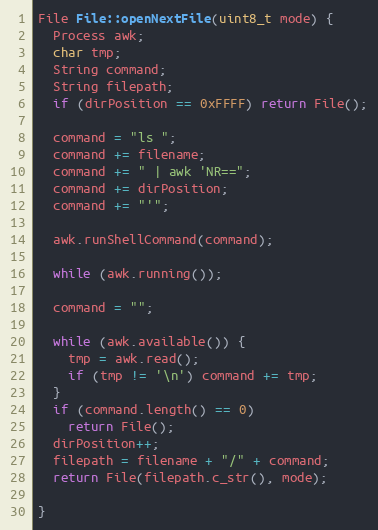
Language: C++
File File::openNextFile(uint8_t mode) {
  Process awk;
  char tmp;
  String command;
  String filepath;
  if (dirPosition == 0xFFFF) return File();

  command = "ls ";
  command += filename;
  command += " | awk 'NR==";
  command += dirPosition;
  command += "'";

  awk.runShellCommand(command);

  while (awk.running());

  command = "";

  while (awk.available()) {
    tmp = awk.read();
    if (tmp != '\n') command += tmp;
  }
  if (command.length() == 0)
    return File();
  dirPosition++;
  filepath = filename + "/" + command;
  return File(filepath.c_str(), mode);

}